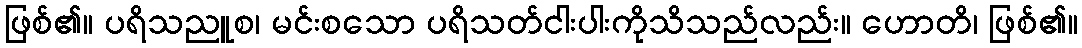
ဖြစ်၏။ ပရိသညူစ၊ မင်းစသော ပရိသတ်ငါးပါးကိုသိသည်လည်း။ ဟောတိ၊ ဖြစ်၏။